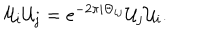
{ \cal U } _ { i } { \cal U } _ { j } = e ^ { - 2 \pi i \Theta _ { i j } } { \cal U } _ { j } { \cal U } _ { i } .